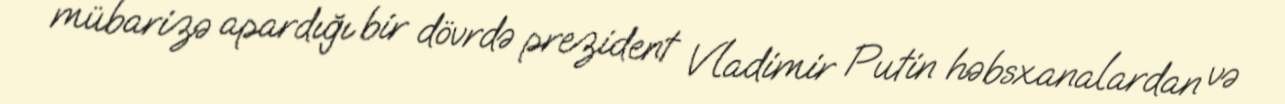
mübarizə apardığı bir dövrdə prezident Vladimir Putin həbsxanalardan və